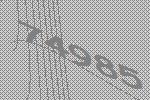
74985